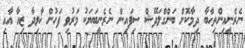
ނެރެނީއިންތިހާބާ ދިމާކޮށް ބަންގްލަދޭޝް ސިފައިން ނެރެނީބަޔަކު މަރުވި ފަހުން ޚާލިދާ ޒިއާ އާއި